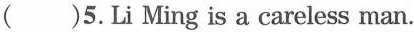
( )5.Li Ming is a careless man.